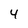
Character: 4